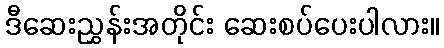
ဒီဆေးညွှန်းအတိုင်း ဆေးစပ်ပေးပါလား။